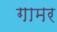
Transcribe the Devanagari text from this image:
गामर